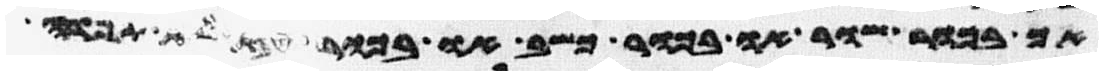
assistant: אך בכור שור או בכור כשב או בכור עז לא תפדה